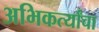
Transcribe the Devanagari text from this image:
अभिकर्त्यांचा